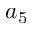
a _ { 5 }